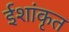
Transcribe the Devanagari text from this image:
ईशांकृत